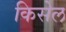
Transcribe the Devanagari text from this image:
किसेल